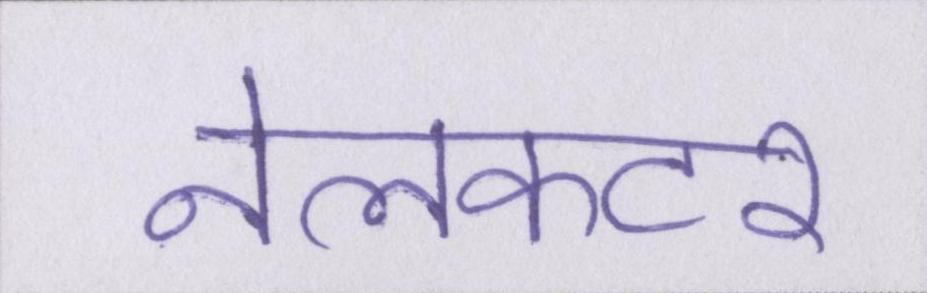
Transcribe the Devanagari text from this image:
नेलकटर